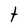
Character: t